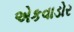
એકવાડોર